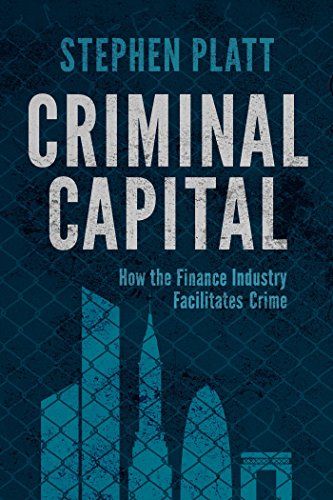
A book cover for Criminal Capital: How the Finance Industry Facilitates Crime; Stephen Platt; Business & Money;